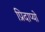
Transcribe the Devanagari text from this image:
प्रिदाप्यो